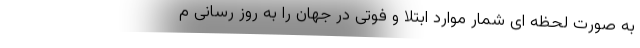
به صورت لحظه ای شمار موارد ابتلا و فوتی در جهان را به روز رسانی م